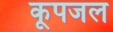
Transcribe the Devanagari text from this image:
कूपजल